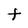
Character: F